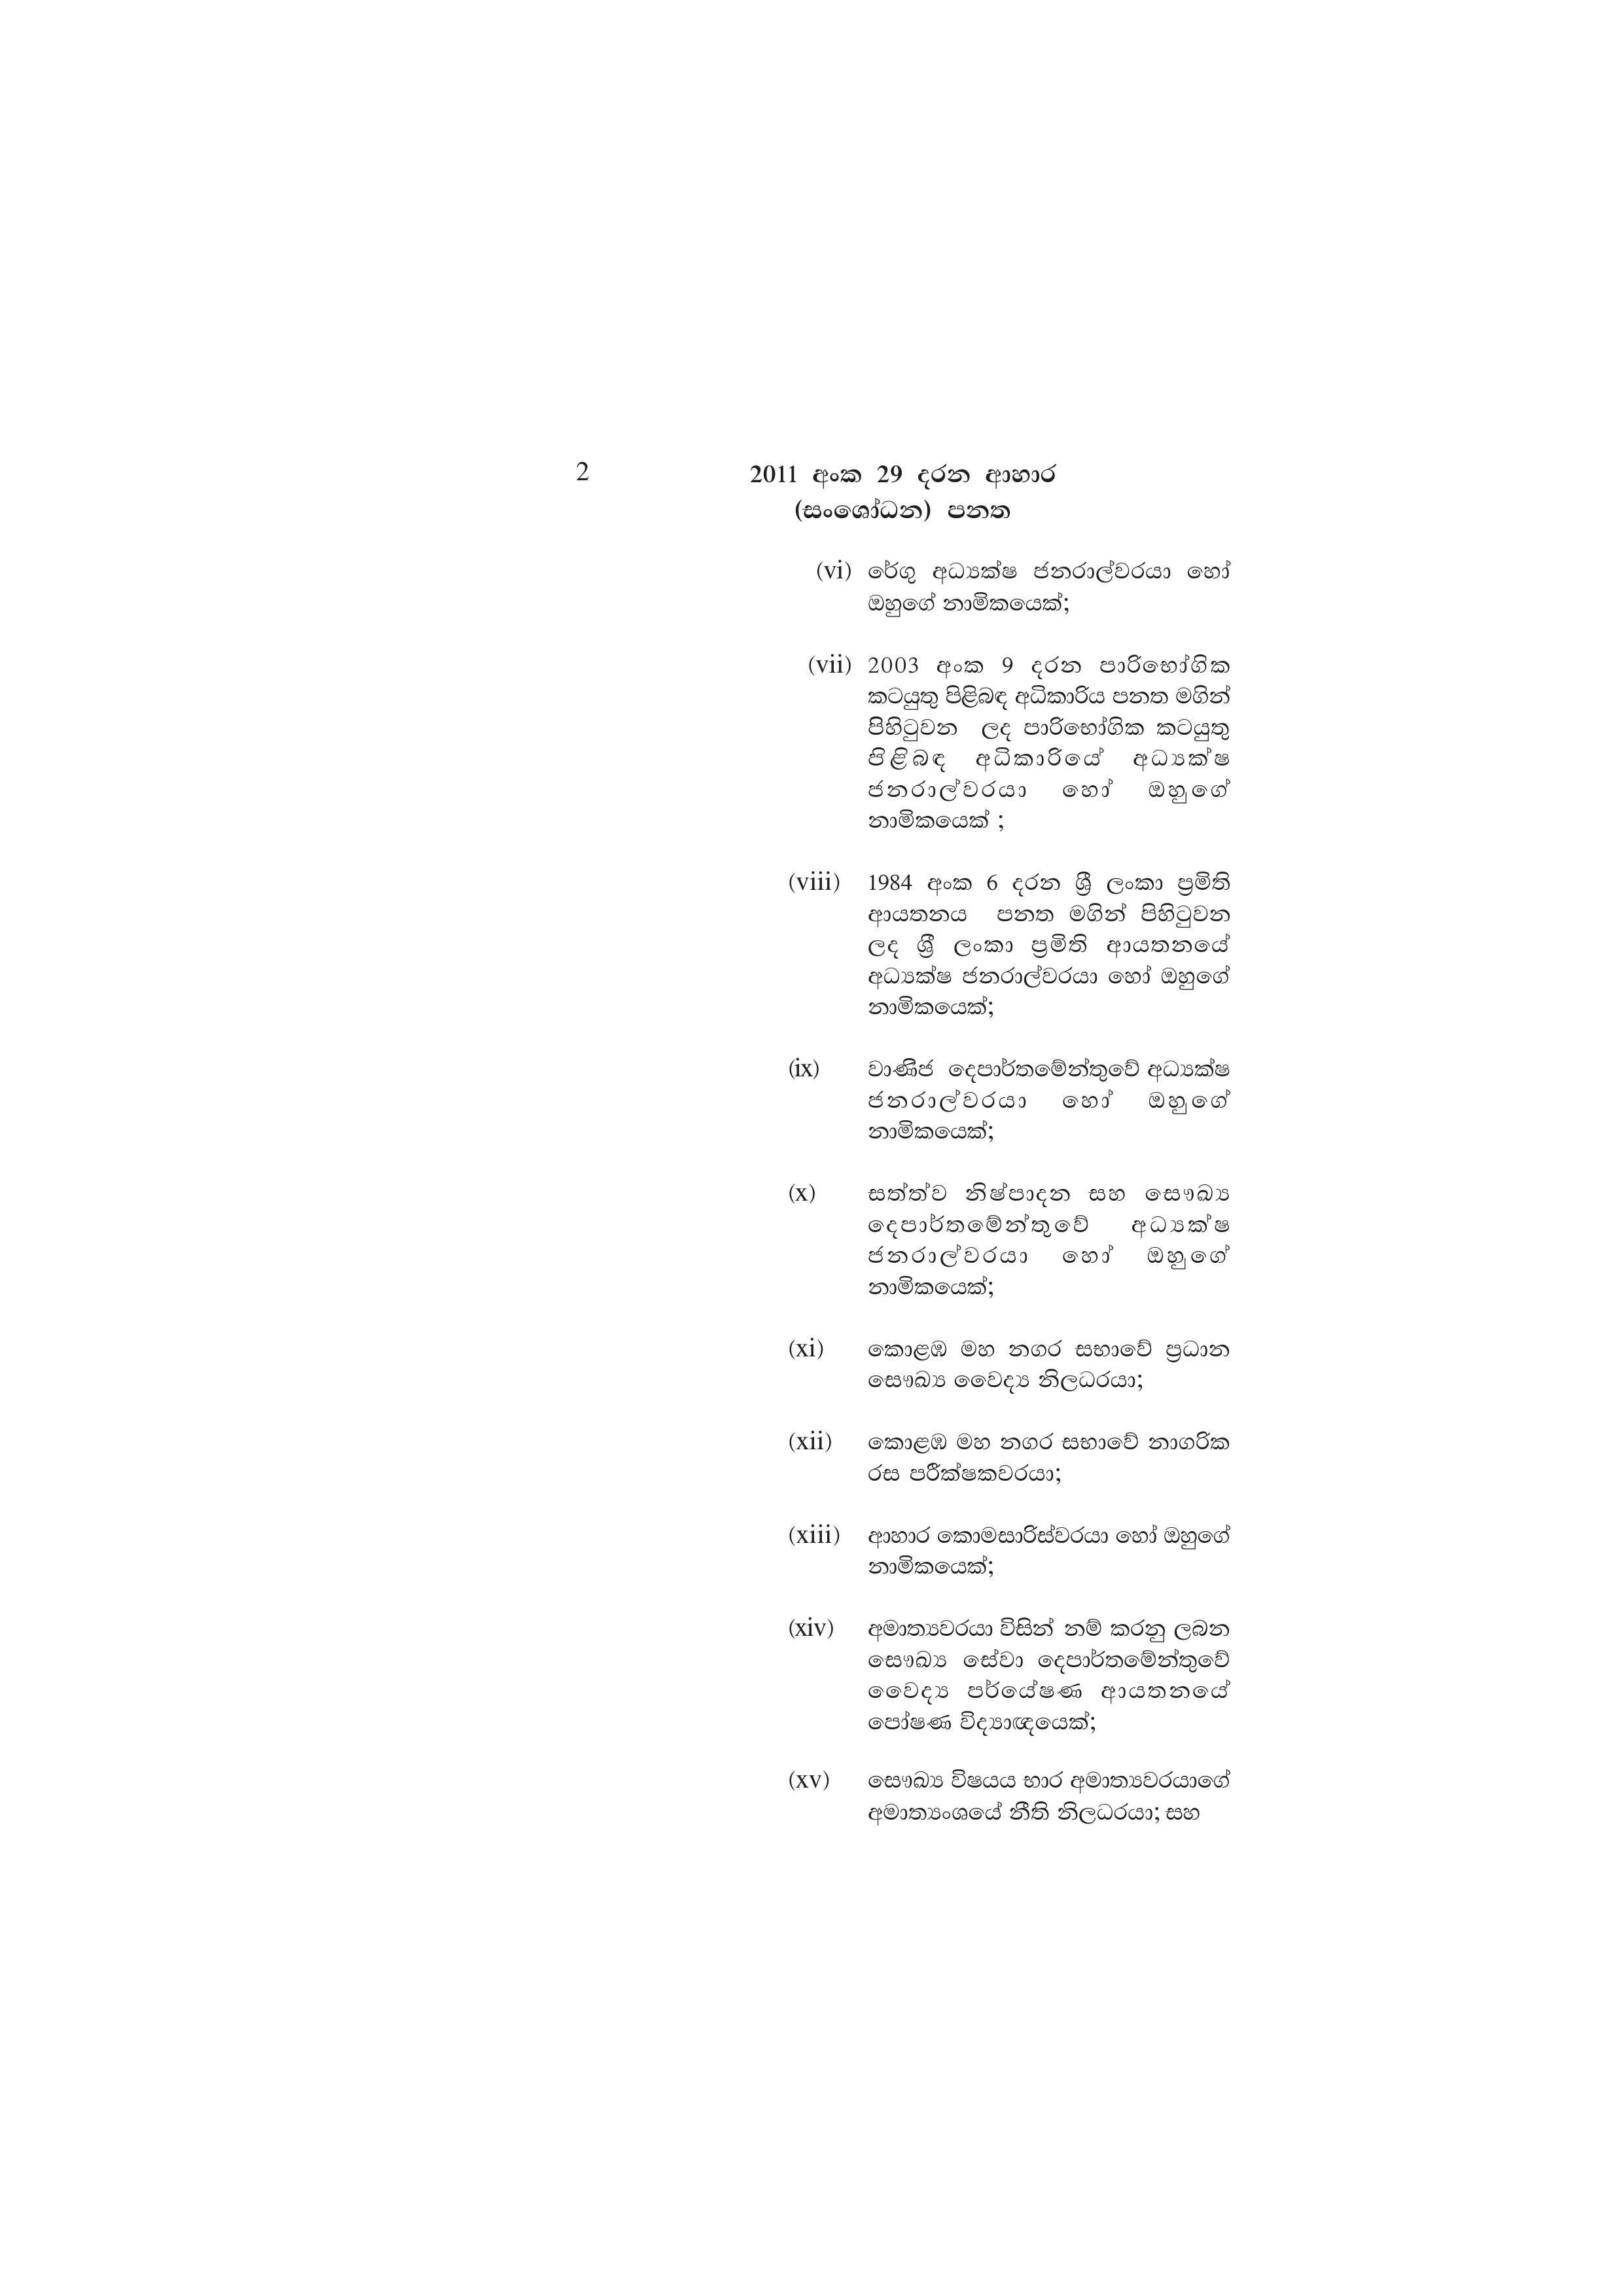
2 2011 අංක 29 දරන ආහාර
(සංශෝධන) පනත

(vi) රේගු අධ්‍යක්ෂ ජනරාල්වරයා හෝ
ඔහුගේ නාමිකයෙක්;

(vii) 2003 අංක 9 දරන පාරිභෝගික
කටයුතු පිළිබඳ අධිකාරිය පනත මගින්
පිහිටුවන ලද පාරිභෝගික කටයුතු
පිළිබඳ අධිකාරියේ අධ්‍යක්ෂ
ජනරාල්වරයා හෝ ඔහුගේ
නාමිකයෙක් ;

(Viii) 1984 අංක 6 දරන ශ්‍රී ලංකා ප්‍රමිති
ආයතනය පනත මගින් පිහිටුවන
ලද ශ්‍රී ලංකා ප්‍රමිති ආයතනයේ
අධ්‍යක්ෂ ජනරාල්වරයා හෝ ඔහුගේ
නාමිකයෙක්;

(ix) වාණිජ දෙපාර්තමේන්තුවේ අධ්‍යක්ෂ
ජනරාල්වරයා හෝ ඔහුගේ
නාමිකයෙක්;

(x) සත්ත්ව නිෂ්පාදන සහ සෞඛ්‍ය
දෙපාර්තමේන්තුවේ අධ්‍යක්ෂ
ජනරාල්වරයා හෝ ඔහුගේ
නාමිකයෙක්;

(xi) කොළඹ මහ නගර සභාවේ ප්‍රධාන
සෞඛ්‍ය වෛද්‍ය නිලධරයා;

(xii) කොළඹ මහ නගර සභාවේ නාගරික
රස පරීක්ෂකවරයා;

(xiii) ආහාර කොමසාරිස්වරයා හෝ ඔහුගේ
නාමිකයෙක්;

(xiv) අමාත්‍යවරයා විසින් නම් කරනු ලබන
සෞඛ්‍ය සේවා දෙපාර්තමේන්තුවේ
වෛද්‍ය පර්යේෂණ ආයතනයේ
පෝෂණ විද්‍යාඥයෙක්;

(XV) සෞඛ්‍ය විෂයය භාර අමාත්‍යවරයාගේ
අමාත්‍යංශයේ නීති නිලධරයා; සහ